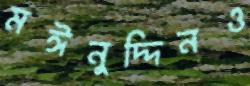
মঈনুদ্দিনও